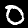
Label: 0